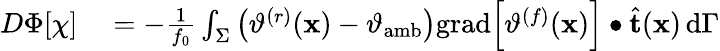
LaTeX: \begin{array}{rl}{D\Phi[\chi]}&{{}=-\frac{1}{f_{0}}\int_{\Sigma}\left(\vartheta^{(r)}(\mathbf{x})-\vartheta_{\mathrm{amb}}\right)\mathrm{grad}\Big[\vartheta^{(f)}(\mathbf{x})\Big]\bullet\widehat{\mathbf{t}}(\mathbf{x})\, \mathrm{d}\Gamma}\end{array}